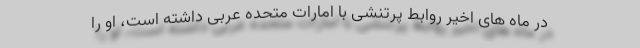
در ماه های اخیر روابط پرتنشی با امارات متحده عربی داشته است، او را